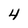
Character: 4